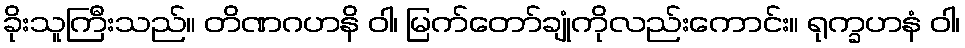
ခိုးသူကြီးသည်။ တိဏဂဟနိ ဝါ၊ မြက်တော်ချုံကိုလည်းကောင်း။ ရုက္ခဟနံ ဝါ၊